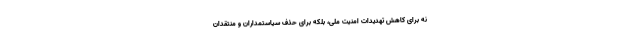
نه برای کاهش تهدیدات امنیت ملی، بلکه برای حذف سیاستمداران و منتقدان